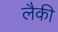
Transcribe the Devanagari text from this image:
लैकी